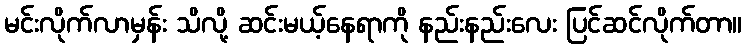
မင်းလိုက်လာမှန်း သိလို့ ဆင်းမယ့်နေရာကို နည်းနည်းလေး ပြင်ဆင်လိုက်တာ။